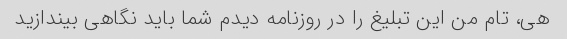
هی، تام من این تبلیغ را در روزنامه دیدم شما باید نگاهی بیندازید